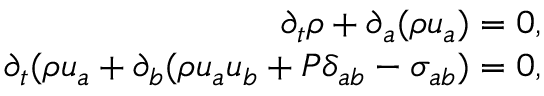
\begin{array} { r } { \partial _ { t } \rho + \partial _ { a } ( \rho u _ { a } ) = 0 , } \\ { \partial _ { t } ( \rho u _ { a } + \partial _ { b } ( \rho u _ { a } u _ { b } + P \delta _ { a b } - \sigma _ { a b } ) = 0 , } \end{array}